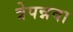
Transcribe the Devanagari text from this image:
त्रेपन्नवा